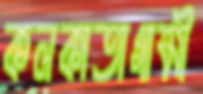
কলকাতাগামী